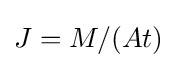
J=M/(At)